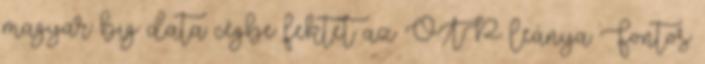
magyar big data cégbe fektet az OTP leánya Fontos